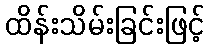
ထိန်းသိမ်းခြင်းဖြင့်